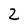
Character: 2